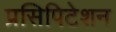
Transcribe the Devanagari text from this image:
प्रसिपिटेशन